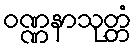
ဝဏ္ဏနာသုတ္တံ